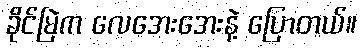
ခိုင်မြဲက လေအေးအေးနဲ့ ပြောတယ်။